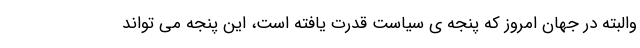
والبته در جهان امروز که پنجه ی سیاست قدرت یافته است، این پنجه می تواند